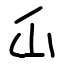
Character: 屲